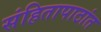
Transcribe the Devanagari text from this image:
संहितापाठांत